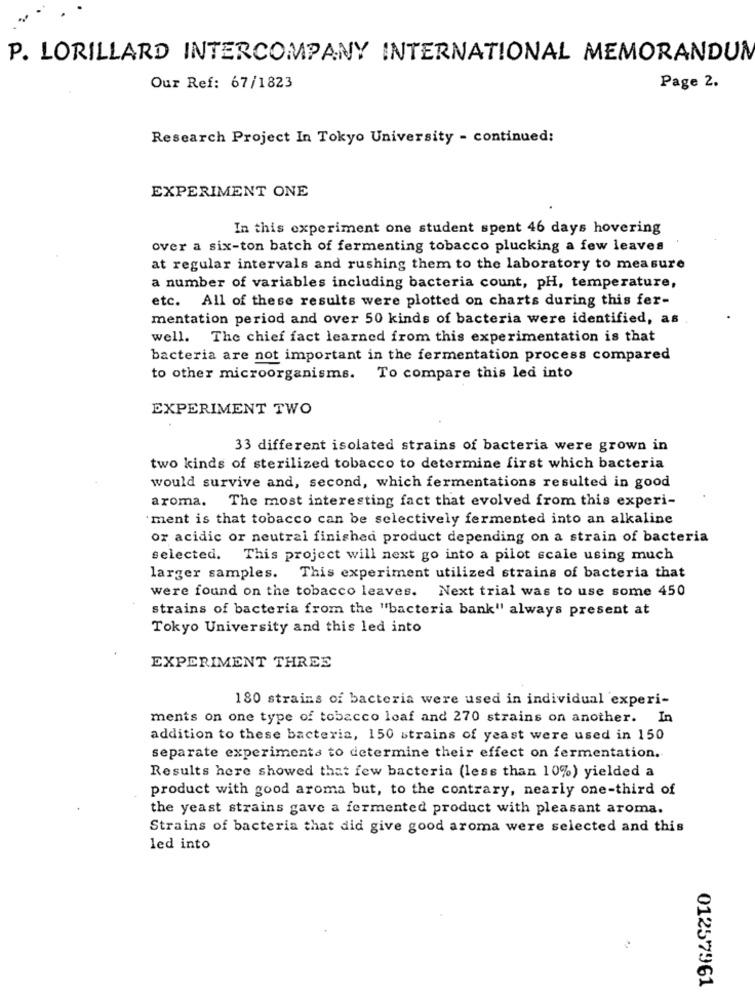
P. LORILLARD INTERCOMPANY INTERNATIONAL MEMORANDUM
Our Ref: 67/1823
Page 2.
Research Project In Tokyo University - continued:
EXPERIMENT ONE
In this experiment one student spent 46 days hovering
over a six-ton batch of fermenting tobacco plucking a few leaves
at regular intervals and rushing them to the laboratory to measure
a number of variables including bacteria count, pH, temperature,
etc. All of these results were plotted on charts during this fer-
mentation period and over 50 kinds of bacteria were identified, as
well. The chief fact learned from this experimentation is that
bacteria are not important in the fermentation process compared
to other microorganisms. To compare this led into
EXPERIMENT TWO
33 different isolated strains of bacteria were grown in
two kinds of sterilized tobacco to determine first which bacteria
would survive and, second, which fermentations resulted in good
aroma.
. The most interesting fact that evolved from this experi-
'ment is that tobacco can be selectively fermented into an alkaline
or acidic or neutral finished product depending on a strain of bacteria
selected. This project will next go into a pilot scale using much
larger samples. This experiment utilized strains of bacteria that
were found on the tobacco leaves. Next trial was to use some 450
strains of bacteria from the "bacteria bank" always present at
Tokyo University and this led into
EXPERIMENT THREE
180 strains of bacteria were used in individual experi-
ments on one type of tobacco loaf and 270 strains on another. In
addition to these bacteria, 150 strains of yeast were used in 150
separate experiments to determine their effect on fermentation.
Results here showed that few bacteria (less than 10%) yielded a
product with good aroma but, to the contrary, nearly one-third of
the yeast strains gave a fermented product with pleasant aroma.
Strains of bacteria that did give good aroma were selected and this
led into
01257961